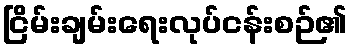
ငြိမ်းချမ်းရေးလုပ်ငန်းစဉ်၏